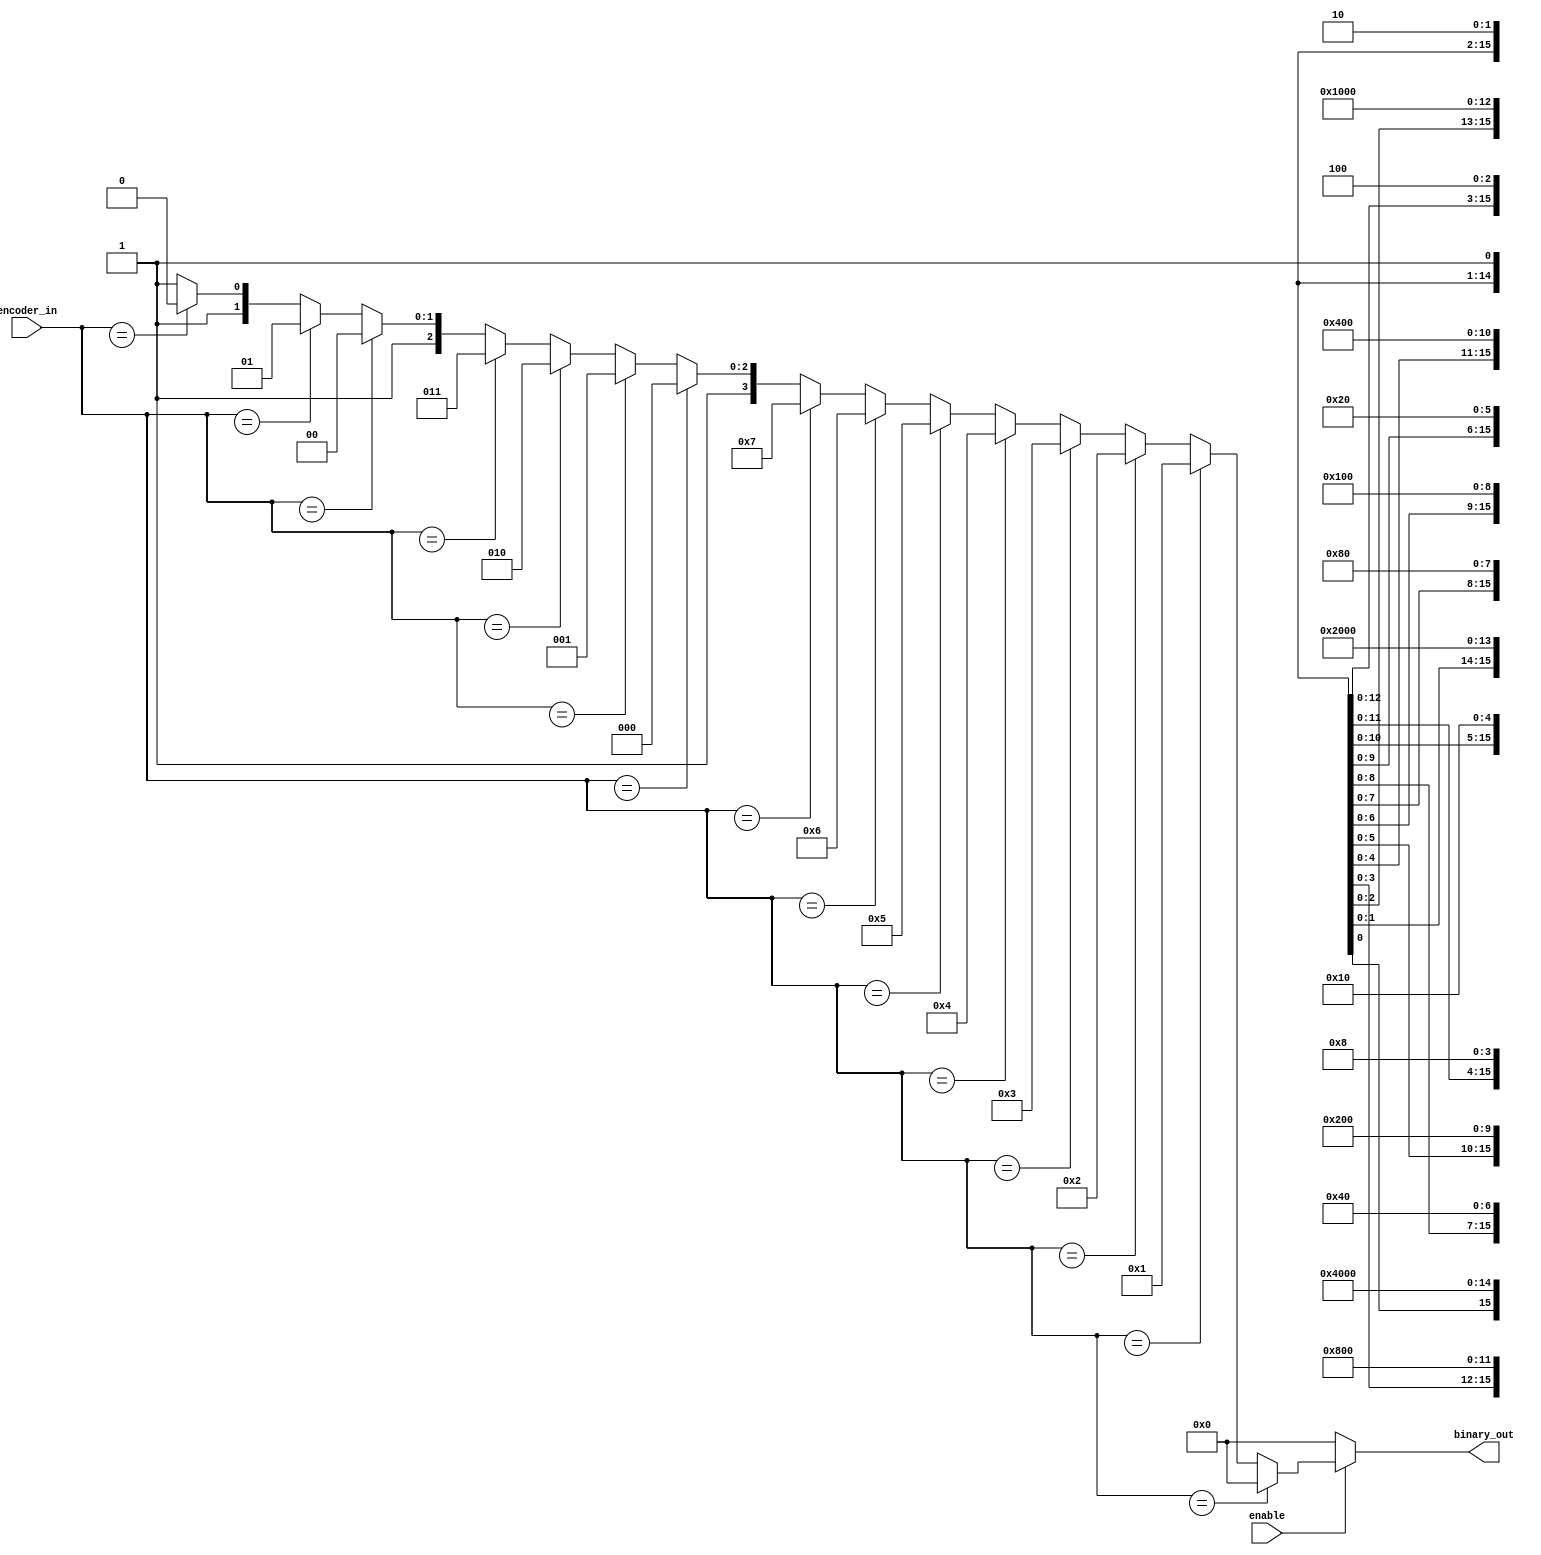
module pri_encoder_using_assign (
binary_out , //  4 bit binary output
encoder_in , //  16-bit input 
enable       //  Enable for the encoder
);

output [3:0] binary_out ;
input  enable ; 
input [15:0] encoder_in ; 

wire [3:0] binary_out ;
      
assign  binary_out  = (!enable) ? 0 : (
    (encoder_in == 16'bxxxx_xxxx_xxxx_xxx1) ? 0 : 
    (encoder_in == 16'bxxxx_xxxx_xxxx_xx10) ? 1 : 
    (encoder_in == 16'bxxxx_xxxx_xxxx_x100) ? 2 : 
    (encoder_in == 16'bxxxx_xxxx_xxxx_1000) ? 3 : 
    (encoder_in == 16'bxxxx_xxxx_xxx1_0000) ? 4 : 
    (encoder_in == 16'bxxxx_xxxx_xx10_0000) ? 5 : 
    (encoder_in == 16'bxxxx_xxxx_x100_0000) ? 6 : 
    (encoder_in == 16'bxxxx_xxxx_1000_0000) ? 7 : 
    (encoder_in == 16'bxxxx_xxx1_0000_0000) ? 8 : 
    (encoder_in == 16'bxxxx_xx10_0000_0000) ? 9 : 
    (encoder_in == 16'bxxxx_x100_0000_0000) ? 10 : 
    (encoder_in == 16'bxxxx_1000_0000_0000) ? 11 : 
    (encoder_in == 16'bxxx1_0000_0000_0000) ? 12 : 
    (encoder_in == 16'bxx10_0000_0000_0000) ? 13 : 
    (encoder_in == 16'bx100_0000_0000_0000) ? 14 : 15); 

endmodule